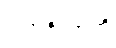
ပါရာဇိကာတိ